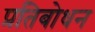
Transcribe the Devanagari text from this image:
प्रतिबोधन